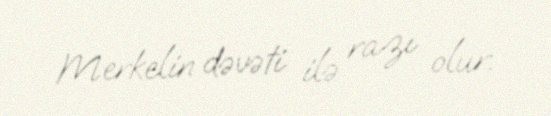
Merkelin dəvəti ilə razı olur.